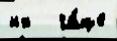
их   ча́ще